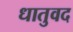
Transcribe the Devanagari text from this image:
धातुवद